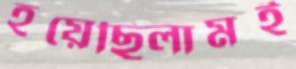
হয়েছিলামই